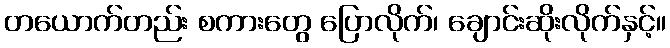
တယောက်တည်း စကားတွေ ပြောလိုက်၊ ချောင်းဆိုးလိုက်နှင့်။